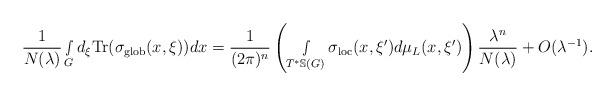
LaTeX: \begin{align*} \frac{1}{N(\lambda)}\smallint\limits_Gd_\xi\textnormal{Tr}(\sigma_{\textnormal{glob}}(x,\xi))dx=\frac{1}{(2\pi)^n}\left( \smallint\limits_{T^*\mathbb{S}(G)}\sigma_{\textnormal{loc}}(x,\xi')d\mu_L(x,\xi')\right)\frac{\lambda^n}{N(\lambda)}+O(\lambda^{-1}).\end{align*}